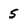
Character: 5